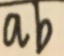
a b